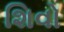
શિવો